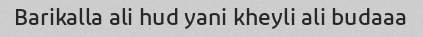
Barikalla ali hud yani kheyli ali budaaa